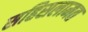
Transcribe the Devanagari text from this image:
सहिसलामत